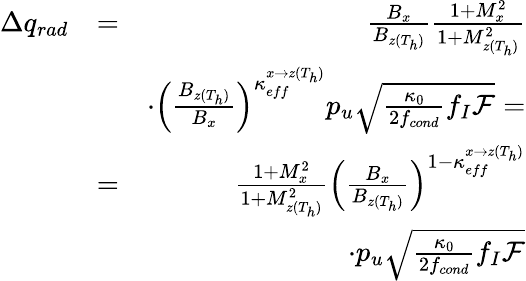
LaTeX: \begin{array}{rlr}{\Delta q_{rad}}&{=}&{\frac{B_{x}}{B_{z(T_{h})}}\frac{1+M_{x}^{2}}{1+M_{z(T_{h})}^{2}}}\\ &{~}&{\cdot\left(\frac{B_{z(T_{h})}}{B_{x}}\right)^{\kappa_{eff}^{x\rightarrow z(T_{h})}}p_{u}\sqrt{\frac{\kappa_{0}}{2f_{cond}}f_{I}\mathcal{F}}=}\\ {~}&{=}&{\frac{1+M_{x}^{2}}{1+M_{z(T_{h})}^{2}}\left(\frac{B_{x}}{B_{z(T_{h})}}\right)^{1-\kappa_{eff}^{x\rightarrow z(T_{h})}}}\\ &{~}&{\cdot p_{u}\sqrt{\frac{\kappa_{0}}{2f_{cond}}f_{I}\mathcal{F}}}\end{array}